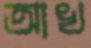
আখ